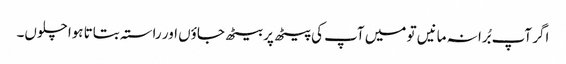
اگر آپ بُرا نہ مانیں تو میں آپ کی پیٹھ پر بیٹھ جاؤں اور راستہ بتاتا ہوا چلوں۔